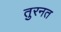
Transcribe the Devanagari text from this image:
तुरनत